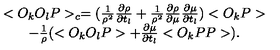
\begin{array} { c } { < O _ { k } O _ { l } P > _ { c } = ( \frac { 1 } { \rho ^ { 2 } } \frac { \partial \rho } { \partial t _ { l } } + \frac { 1 } { \rho ^ { 2 } } \frac { \partial \rho } { \partial \mu } \frac { \partial \mu } { \partial t _ { l } } ) < O _ { k } P > } \\ { - \frac { 1 } { \rho } ( < O _ { k } O _ { l } P > + \frac { \partial \mu } { \partial t _ { l } } < O _ { k } P P > ) . } \\ \end{array}